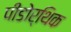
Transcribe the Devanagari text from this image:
पीडोर्थिक